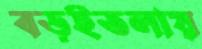
বড়ইতলায়